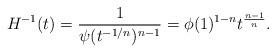
LaTeX: \begin{align*}H^{-1}(t) = \frac{1}{\psi(t^{-1/n})^{n-1}} = \phi(1)^{1-n} t^{\frac{n-1}{n}}.\end{align*}